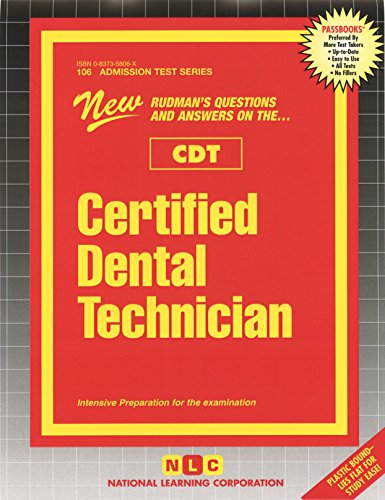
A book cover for Certified Dental Technician(CDT); Passbooks; Medical Books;